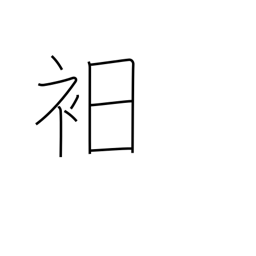
Meaning: underwear